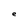
Character: e